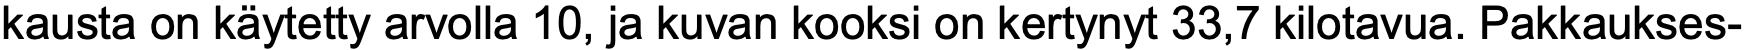
kausta on käytetty arvolla 10, ja kuvan kooksi on kertynyt 33,7 kilotavua. Pakkaukses-